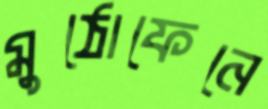
মুঠোফেনে